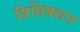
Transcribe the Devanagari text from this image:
प्रिडिक्शन